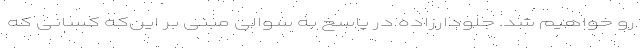
رو خواهیم شد. جلودارزاده در پاسخ به سوالی مبنی بر این‌که کسانی که